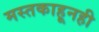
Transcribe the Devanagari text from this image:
मस्तकाहूनही